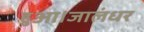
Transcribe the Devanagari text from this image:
हुआ।जालंधर